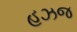
હઝજ